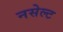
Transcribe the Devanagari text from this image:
नसेल्ट